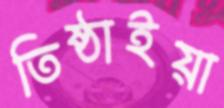
তিষ্ঠাইয়া